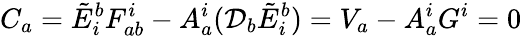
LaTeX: C_{a}={\tilde{E}}_{i}^{b}F_{ab}^{i}-A_{a}^{i}({\mathcal{D}}_{b}{\tilde{E}}_{i}^{b})=V_{a}-A_{a}^{i}G^{i}=0